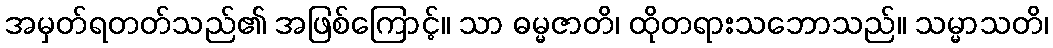
အမှတ်ရတတ်သည်၏ အဖြစ်ကြောင့်။ သာ ဓမ္မဇာတိ၊ ထိုတရားသဘောသည်။ သမ္မာသတိ၊